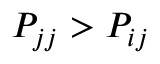
P _ { j j } > P _ { i j }